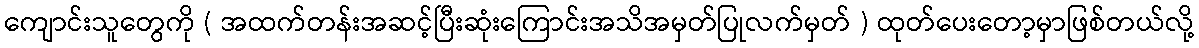
ကျောင်းသူတွေကို ( အထက်တန်းအဆင့်ပြီးဆုံးကြောင်းအသိအမှတ်ပြုလက်မှတ် ) ထုတ်ပေးတော့မှာဖြစ်တယ်လို့